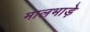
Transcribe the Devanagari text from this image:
मालभाड़े